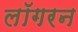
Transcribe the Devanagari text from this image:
लॉगरन